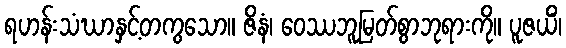
ရဟန်းသံဃာနှင့်တကွသော။ ဇိနံ၊ ဝေဿဘူမြတ်စွာဘုရားကို။ ပူဇယိံ၊